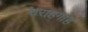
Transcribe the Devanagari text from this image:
चराहगाह